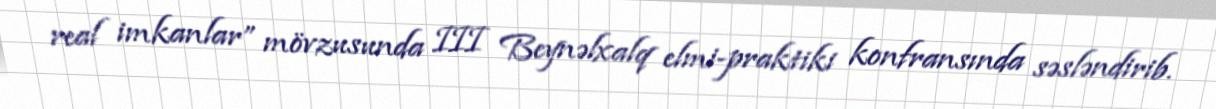
real imkanlar” mövzusunda III Beynəlxalq elmi-praktiki konfransında səsləndirib.